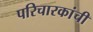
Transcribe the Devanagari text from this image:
परिचारकांची